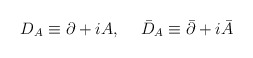
\begin{align*}D_A\equiv\partial+iA,\hskip 15pt \bar D_A\equiv\bar\partial+i\bar A\end{align*}